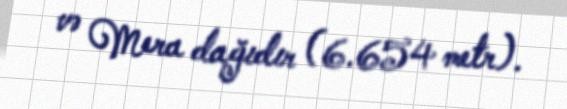
və Mera dağıdır (6.654 metr).